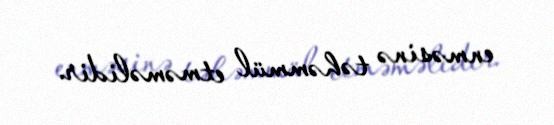
enməsinə təhəmmül etməməlidir.